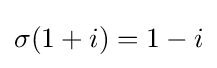
\sigma (1+i)=1-i